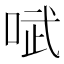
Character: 𫪗